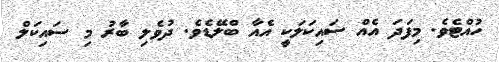
ހުއްޓެވެ. މިފަދަ އެއް ސައިކަލަކީ އެއާ ބްލޭޑެވެ. ދުވެލި ބާރު މި ސައިކަލް